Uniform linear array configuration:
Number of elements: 16
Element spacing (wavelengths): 0.5
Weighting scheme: cosine
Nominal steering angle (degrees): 0
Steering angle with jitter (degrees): -1.988
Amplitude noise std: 0.05
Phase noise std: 0.05

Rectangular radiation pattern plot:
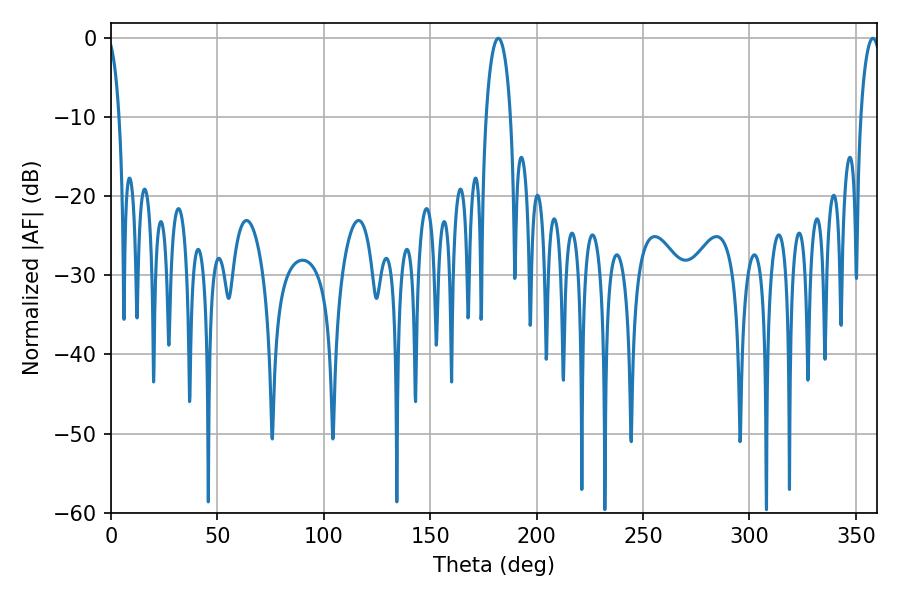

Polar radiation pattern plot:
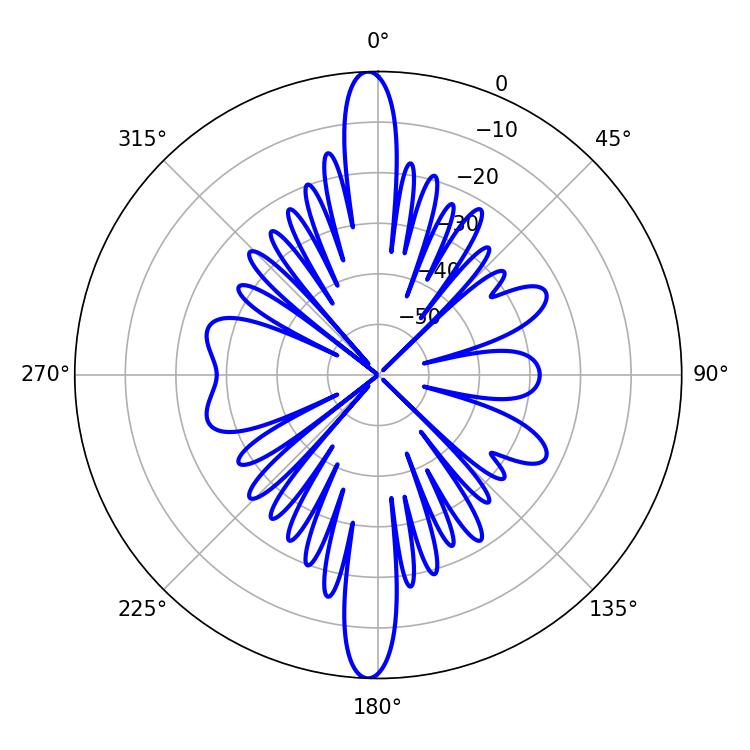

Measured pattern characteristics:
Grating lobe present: FALSE
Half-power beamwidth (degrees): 6.48
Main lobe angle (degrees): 181.98